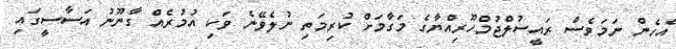
އެހެން ނަމަވެސް ރައީސުލްޖުމްހޫރިއްޔާގެ މަގާމަށް ކުރިމަތި ނުލެވޭނެ ވަކި އުމުރެއް ގާނޫނު އަސާސީގައި